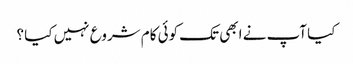
کیا آپ نے ابھی تک کوئی کام شروع نہیں کیا ؟